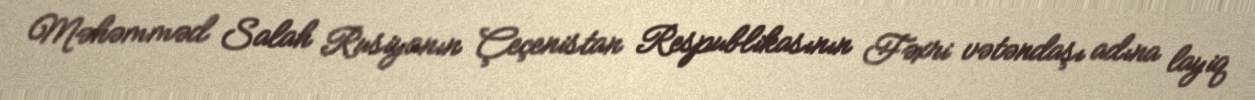
Məhəmməd Salah Rusiyanın Çeçenistan Respublikasının Fəxri vətəndaşı adına layiq